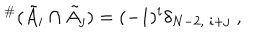
{ } ^ { \# } ( \tilde { A } _ { i } \cap \tilde { A } _ { j } ) = ( - 1 ) ^ { i } \delta _ { N - 2 , \; i + j } \; ,